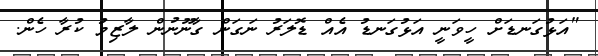
"އަޅުގަނޑަށް ހީވަނީ އަޅުގަނޑު އެއް ޑޮލަރު ނަގަން ގާނޫނުން ލާޒިމު ކުރާ ހެން.